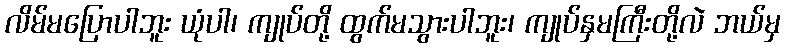
လိမ်မပြောပါဘူး ယုံပါ၊ ကျုပ်တို့ ထွက်မသွားပါဘူး၊ ကျုပ်နှမကြီးတို့လဲ ဘယ်မှ